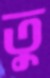
তু